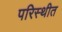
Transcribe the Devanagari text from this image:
परिस्थीत